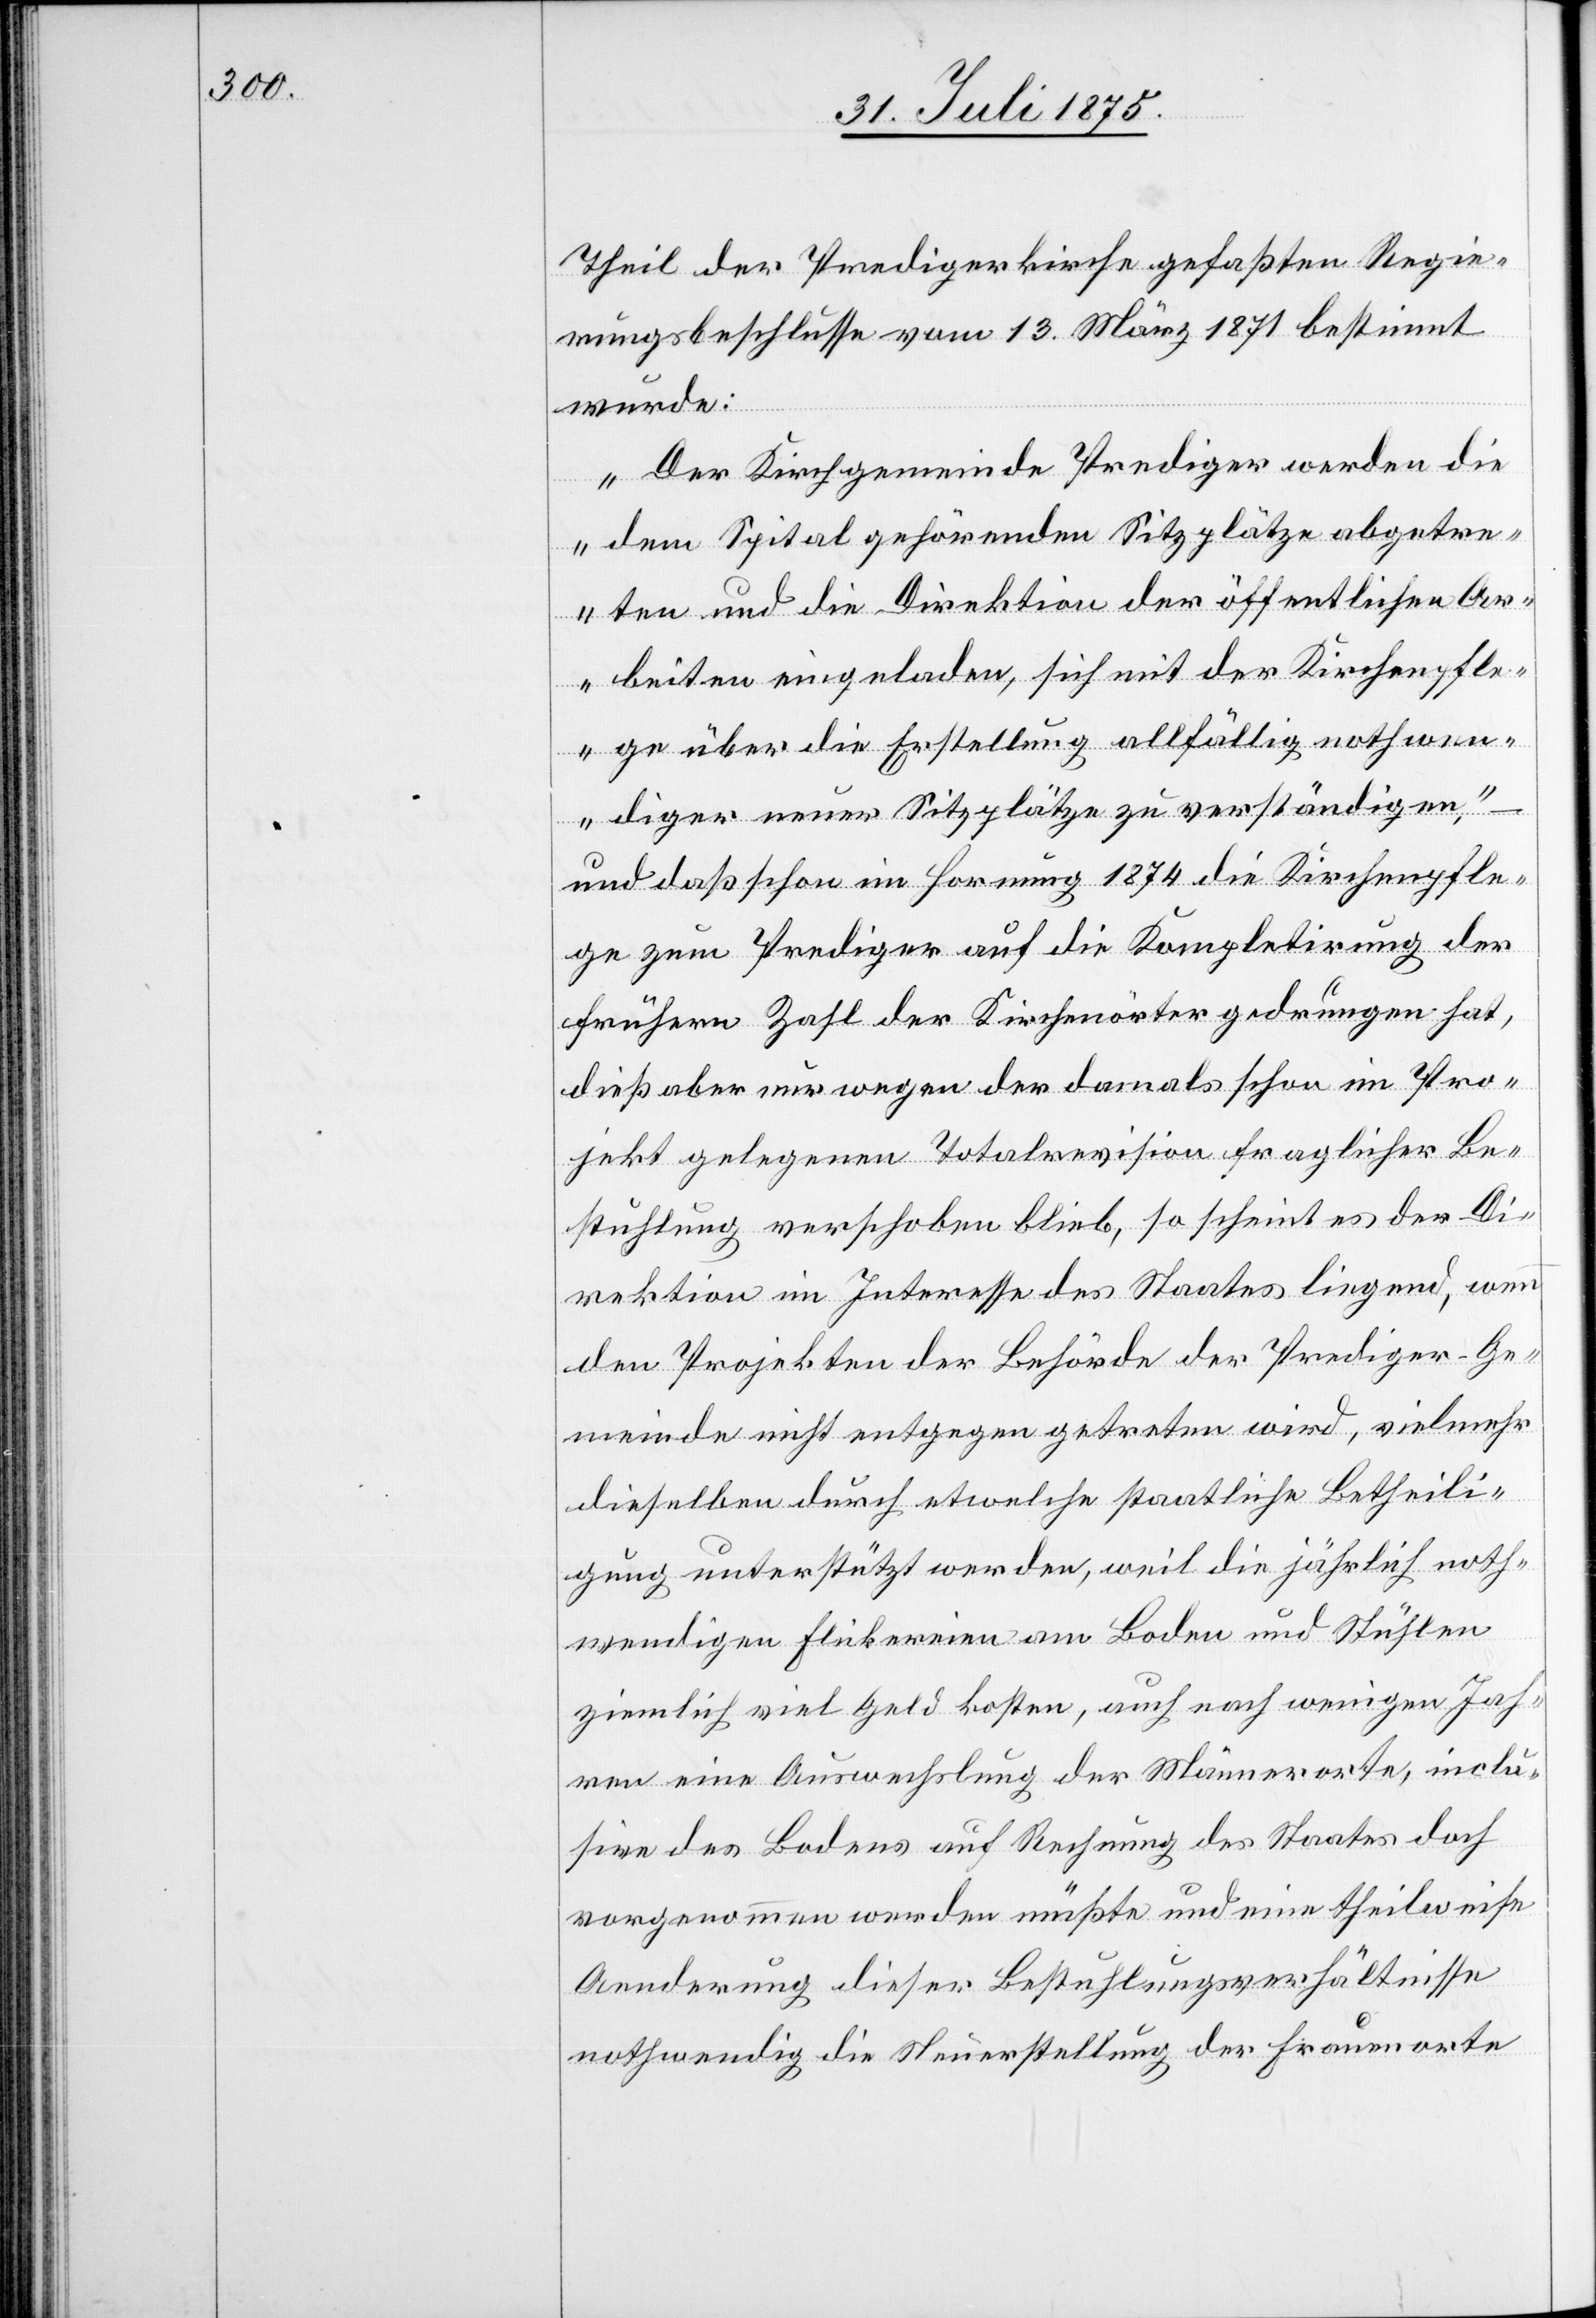
Theil der Predigerkirche gefaßten Regie¬
rungsbeschlusse vom 13. März 1871 bestimmt
wurde:
„Der Kirchgemeinde Prediger werden die
in einen
dem Spital gehörenden Sitzplätze abgetre¬
ten und die Direktion der öffentlichen Ar¬
beiten eingeladen, sich mit der Kirchenpfle¬
ge über die Erstellung allfällig nothwen¬
diger neuer Sitzplätze zu verständigen“,
und daß schon im Hornung 1874 die Kirchenpfle¬
ge zum Prediger auf die Kompletirung der
frühen Zahl der Kirchenörter gedrungen hat,
dieß aber nur wegen der damals schon im Pro¬
jekt gelegenen Totalrevision fraglicher Be¬
stuhlung verschoben blieb, so scheint es der Di¬
rektion im Interesse des Staates liegend, wenn
den Projekten der Behörde der Prediger-Ge¬
meinde nicht entgegen getreten wird, vielmehr
dieselben durch etwelche staatliche Betheili¬
gung unterstützt werden, weil die jährlich noth¬
wendigen Flickereien am Boden und Stühlen
ziemlich viel Geld kosten, auch nach wenigen Jah¬
ren eine Auswechslung der Männerorte, inclu¬
sive des Bodens auf Rechnung des Staates doch
vorgenommen werden müßte und eine theilweise
Aenderung dieser Bestuhlungsverhältnisse
nothwendig die Neuerstellung der Frauenorte